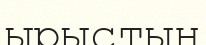
ырыстың